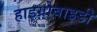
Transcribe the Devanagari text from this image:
हाइग्रोबाइडी